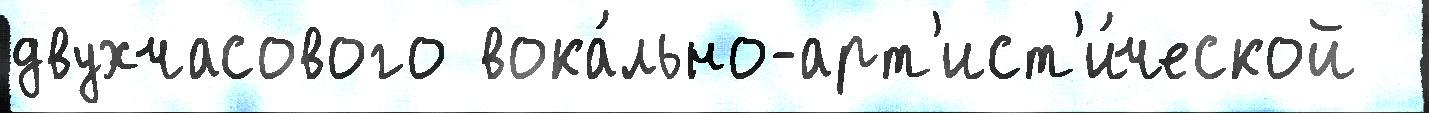
двухчасового вока́льно-арт'ист'и́ческой